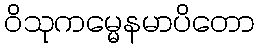
ဝိသုကမ္မေနမာပိတော